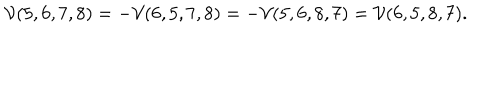
LaTeX: \mathcal V ( 5 , 6 , 7 , 8 ) = - \mathcal V ( 6 , 5 , 7 , 8 ) = - \mathcal V ( 5 , 6 , 8 , 7 ) = \mathcal V ( 6 , 5 , 8 , 7 ) .